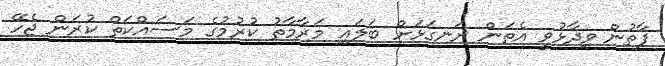
ފާތުން ވިދާޅުވީ އެތަން ރަނގަޅަށް ބަލައި މަރާމާތު ކުރުމުގެ މަސައްކަތް ކުރަން ޖެހޭ